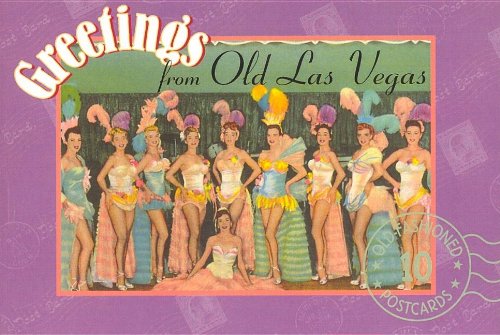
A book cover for Greetings from Old Las Vegas: Postcards from the Good Old Days (Old-Fashioned Postcard Books); Travel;